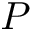
P